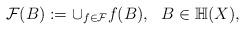
LaTeX: \begin{align*} \mathcal{F}(B) := \cup_{f \in \mathcal{F}} f(B),\ \ B\in \mathbb{H}(X),\end{align*}